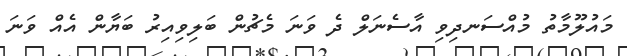
މައުލޫމާތު މުއްސަނދިވި އާސެނަލް ދެ ވަނަ މެޗުން ބަލިވިއިރު ބަޔާން އެއް ވަނަ